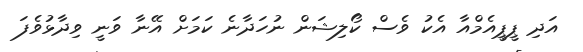
އަދި ޕީޕީއެމްއާ އެކު ވެސް ކޯލިޝަން ނުހަދާނެ ކަމަށް އޭނާ ވަނީ ވިދާޅުވެފަ